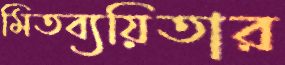
মিতব্যয়িতার